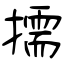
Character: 擩